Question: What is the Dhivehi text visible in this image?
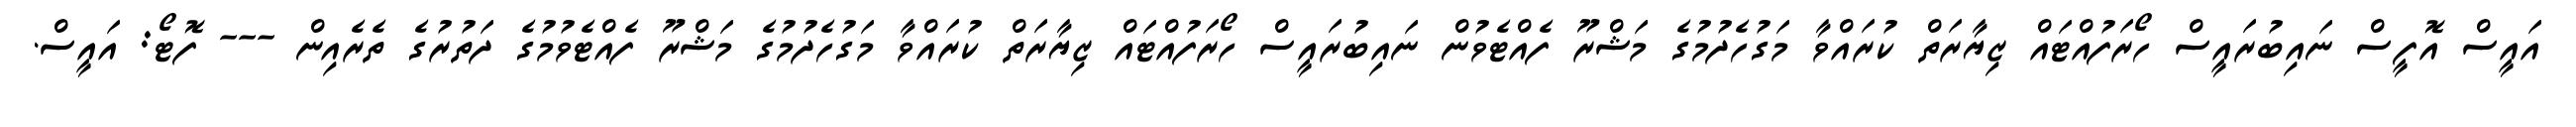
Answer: އައީސް އޮފީސް ނައިބުރައީސް ހޯރަފުއްޓައް ޒިޔާރަތް ކުރައްވާ މަގުހެދުމުގެ މަޝްރޫ ފެއްޓެވުން ނައިބުރައީސް ހޯރަފުއްޓައް ޒިޔާރަތް ކުރައްވާ މަގުހެދުމުގެ މަޝްރޫ ފެއްޓެވުމުގެ ދަތުރުގެ ތެރެއިން --- ފޮޓޯ: އައީސް.